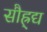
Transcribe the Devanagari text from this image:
सौह्र्द्य